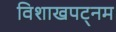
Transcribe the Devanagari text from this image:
विशाखपट्‌नम